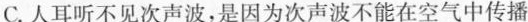
C.人耳听不见次声波，是因为次声波不能在空气中传播